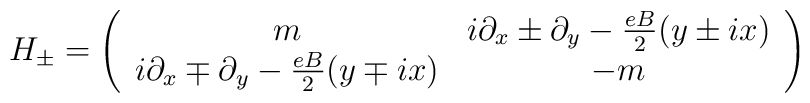
H_{\pm} = \left(\begin{array}{cc} m & i\partial_{x}\pm\partial_{y}-\frac{eB}{2}(y\pm ix)\\  i\partial_{x}\mp\partial_{y}-\frac{eB}{2}(y\mp ix)& -m\end{array}\right)